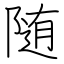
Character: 随